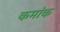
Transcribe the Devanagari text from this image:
कमांक